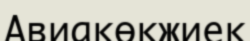
Авиакөкжиек